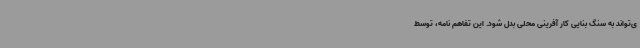
ی‌تواند به سنگ بنایی کار آفرینی محلی بدل شود. این تفاهم نامه، توسط